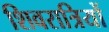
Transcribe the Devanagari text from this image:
शिवरात्रियों